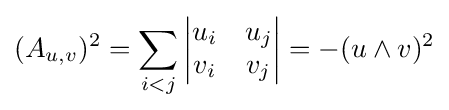
(A_{u,v})^{2}=\sum _{i<j}{\begin{vmatrix}u_{i}&u_{j}\\v_{i}&v_{j}\end{vmatrix}}=-(u\wedge v)^{2}